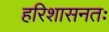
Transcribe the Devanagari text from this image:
हरिशासनतः